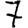
Digit: 7